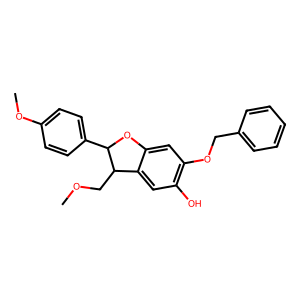
SMILES: COCC1c2cc(O)c(OCc3ccccc3)cc2OC1c1ccc(OC)cc1
Inhibits HIV replication: No